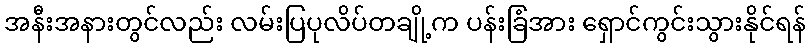
အနီးအနားတွင်လည်း လမ်းပြပုလိပ်တချို့က ပန်းခြံအား ရှောင်ကွင်းသွားနိုင်ရန်